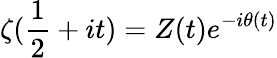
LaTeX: \zeta({\frac{1}{2}}+it)=Z(t)e^{-i\theta(t)}